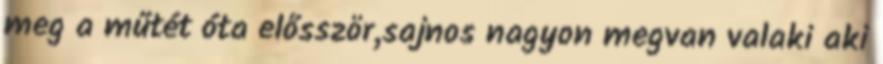
meg a műtét óta elősször,sajnos nagyon megvan valaki aki